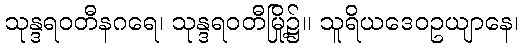
သုန္ဒရဝတီနဂရေ၊ သုန္ဒရဝတီမြို့၌။ သူရိယဒေဝဥယျာနေ၊